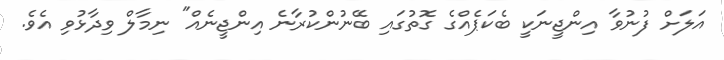
އަލަށް ފުނުވާ އިންޖީނަކީ ބެކަޕެއްގެ ގޮތުގައި ބޭނުންކުރާނެ އިންޖީނެއް" ނިމާލް ވިދާޅުވި އެވެ.